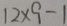
1 2 \times 9 - 1